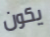
يكون